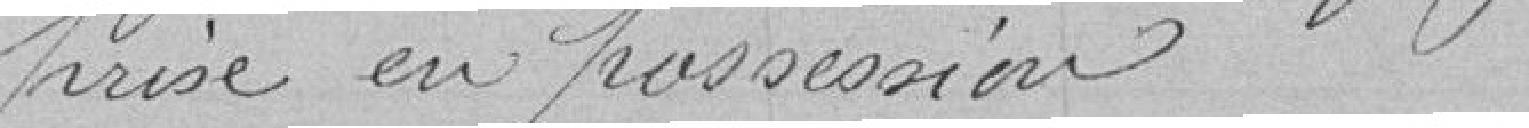
prise en possession